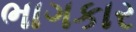
ભાગકાર